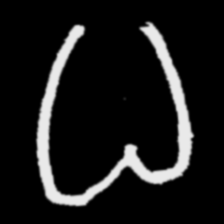
Pyu character \u2014 Myanmar letter: ဓ (romanized: dha)